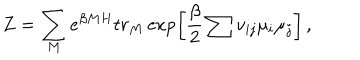
LaTeX: Z = \sum _ { M } e ^ { \beta M H } t r _ { M } \exp \left[ \frac { \beta } { 2 } \sum v _ { i j } \mu _ { i } \mu _ { j } \right] \, ,